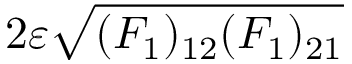
2 \varepsilon \sqrt { ( F _ { 1 } ) _ { 1 2 } ( F _ { 1 } ) _ { 2 1 } }